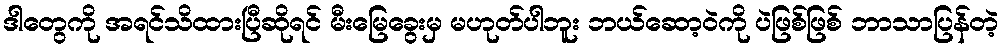
ဒါတွေကို အရင်သိထားပြီဆိုရင် မီးမြေခွေးမှ မဟုတ်ပါဘူး ဘယ်ဆော့ဝဲကို ပဲဖြစ်ဖြစ် ဘာသာပြန်တဲ့